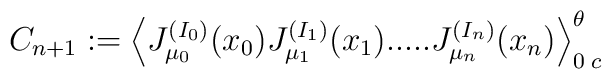
C_{n+1} := \Big\langle J_{\mu_0}^{(I_0)}(x_0) J_{\mu_1}^{(I_1)}(x_1) ..... J_{\mu_n}^{(I_n)}(x_n) \Big\rangle_{0\; c}^\theta